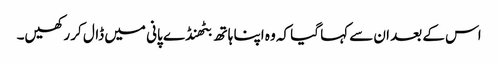
اس کے بعد ان سے کہا گیا کہ وہ اپنا ہاتھ بٹھنڈے پانی میں ڈال کر رکھیں۔